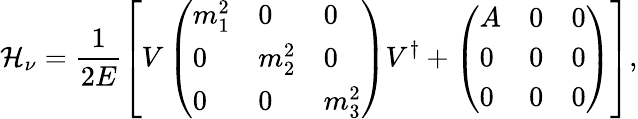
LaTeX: {\cal H}_{\nu}=\frac{1}{2E}\left[V\left(\begin{array}{lll}{{m_{1}^{2}}}&{{0}}&{{0}}\\ {{0}}&{{m_{2}^{2}}}&{{0}}\\ {{0}}&{{0}}&{{m_{3}^{2}}}\end{array}\right)V^{\dagger}+\left(\begin{array}{lll}{{A}}&{{0}}&{{0}}\\ {{0}}&{{0}}&{{0}}\\ {{0}}&{{0}}&{{0}}\end{array}\right)\right],